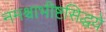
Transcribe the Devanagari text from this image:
नमश्चाभीष्टसिद्धये